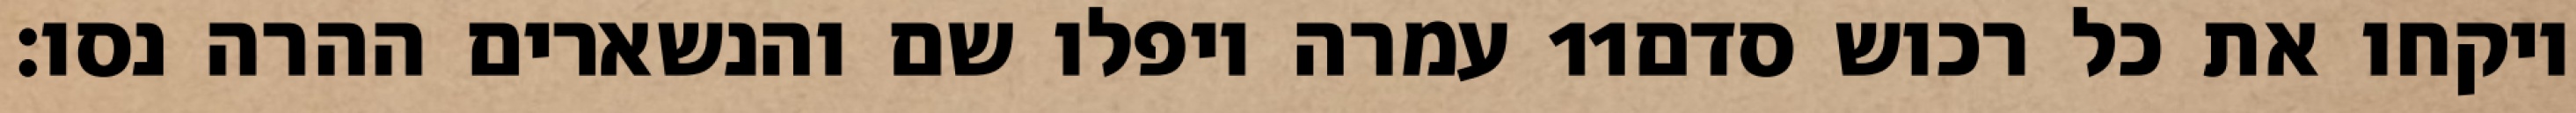
עמרה ויפלו שם והנשארים ההרה נסו׃ ‎11‏ ויקחו את כל רכוש סדם